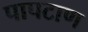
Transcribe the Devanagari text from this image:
पापटाण